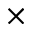
\times